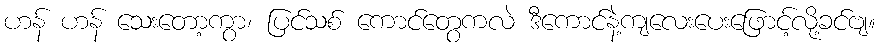
ဟန် ဟန် သေးတော့ကွာ၊ ပြင်သစ် ကောင်တွေကလဲ ဒီကောင်နဲ့ကျလေးပေးဖြောင့်လို့ခင်ဗျ။